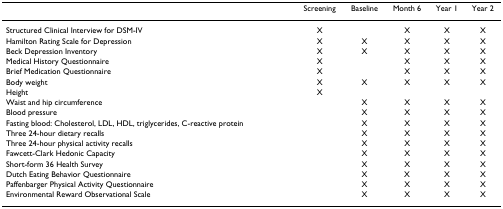
<table><thead><tr><td></td><td><b>Screening</b></td><td><b>Baseline</b></td><td><b>Month 6</b></td><td><b>Year 1</b></td><td><b>Year 2</b></td></tr></thead><tbody><tr><td>Structured Clinical Interview for DSM-IV</td><td>X</td><td></td><td>X</td><td>X</td><td>X</td></tr><tr><td>Hamilton Rating Scale for Depression</td><td>X</td><td>X</td><td>X</td><td>X</td><td>X</td></tr><tr><td>Beck Depression Inventory</td><td>X</td><td>X</td><td>X</td><td>X</td><td>X</td></tr><tr><td>Medical History Questionnaire</td><td>X</td><td></td><td>X</td><td>X</td><td>X</td></tr><tr><td>Brief Medication Questionnaire</td><td>X</td><td></td><td>X</td><td>X</td><td>X</td></tr><tr><td>Body weight</td><td>X</td><td>X</td><td>X</td><td>X</td><td>X</td></tr><tr><td>Height</td><td>X</td><td></td><td></td><td></td><td></td></tr><tr><td>Waist and hip circumference</td><td></td><td>X</td><td>X</td><td>X</td><td>X</td></tr><tr><td>Blood pressure</td><td></td><td>X</td><td>X</td><td>X</td><td>X</td></tr><tr><td>Fasting blood: Cholesterol, LDL, HDL, triglycerides, C-reactive protein</td><td></td><td>X</td><td>X</td><td>X</td><td>X</td></tr><tr><td>Three 24-hour dietary recalls</td><td></td><td>X</td><td>X</td><td>X</td><td>X</td></tr><tr><td>Three 24-hour physical activity recalls</td><td></td><td>X</td><td>X</td><td>X</td><td>X</td></tr><tr><td>Fawcett-Clark Hedonic Capacity</td><td></td><td>X</td><td>X</td><td>X</td><td>X</td></tr><tr><td>Short-form 36 Health Survey</td><td></td><td>X</td><td>X</td><td>X</td><td>X</td></tr><tr><td>Dutch Eating Behavior Questionnaire</td><td></td><td>X</td><td>X</td><td>X</td><td>X</td></tr><tr><td>Paffenbarger Physical Activity Questionnaire</td><td></td><td>X</td><td>X</td><td>X</td><td>X</td></tr><tr><td>Environmental Reward Observational Scale</td><td></td><td>X</td><td>X</td><td>X</td><td>X</td></tr></tbody></table>